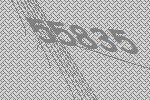
55835